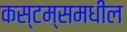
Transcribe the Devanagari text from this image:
कस्टम्समधील